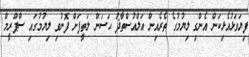
ފިޔަވަޅުއެޅިކަން އެންގި ލިޔުމުގެ ތެރެއިން އަލްއުސްތާޛު ޙަސަން ލަތީފަށް ފޮނުވި ލިޔުމުގައި ސްޕްރީމް